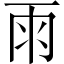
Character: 雨